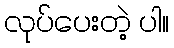
လုပ်ပေးတဲ့ ပါ။